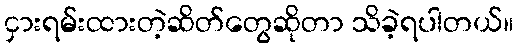
ငှားရမ်းထားတဲ့ဆိတ်တွေဆိုတာ သိခဲ့ရပါတယ်။